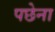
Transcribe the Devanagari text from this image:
पछेना